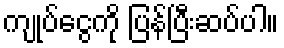
ကျုပ်ငွေကို ပြန်ပြီးဆပ်ပါ။